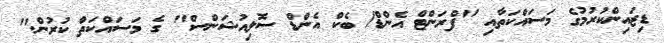
ޑިޒައިންކުރުމުގެ މަސައްކަތާއި "ފްރަންޓް އެންޑް/ ބެކް އެންޑް ސޮލިއުޝަންސް" ގެ މަސައްކަތް ކުރުން."